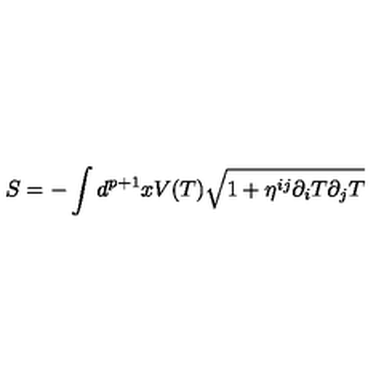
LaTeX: S = - \int d ^ { p + 1 } x V ( T ) \sqrt { 1 + \eta ^ { i j } \partial _ { i } T \partial _ { j } T }